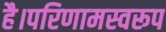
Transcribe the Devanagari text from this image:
है।परिणामस्वरूप